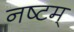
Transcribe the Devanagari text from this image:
नष्टम्